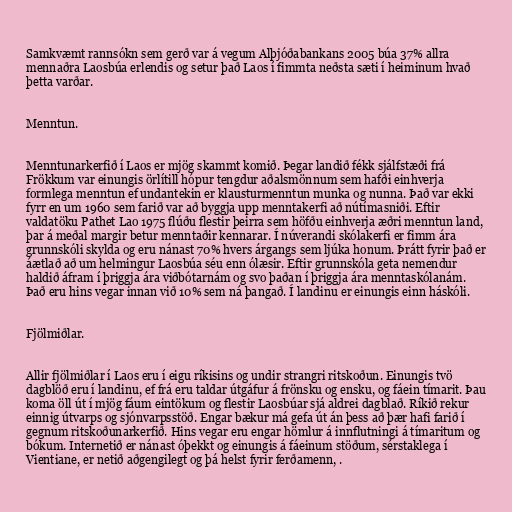
Samkvæmt rannsókn sem gerð var á vegum Alþjóðabankans 2005 búa 37% allra
mennaðra Laosbúa erlendis og setur það Laos í fimmta neðsta sæti í heiminum hvað
þetta varðar.

Menntun.

Menntunarkerfið í Laos er mjög skammt komið. Þegar landið fékk sjálfstæði frá
Frökkum var einungis örlítill hópur tengdur aðalsmönnum sem hafði einhverja
formlega menntun ef undantekin er klausturmenntun munka og nunna. Það var ekki
fyrr en um 1960 sem farið var að byggja upp menntakerfi að nútímasniði. Eftir
valdatöku Pathet Lao 1975 flúðu flestir þeirra sem höfðu einhverja æðri menntun land,
þar á meðal margir betur menntaðir kennarar. Í núverandi skólakerfi er fimm ára
grunnskóli skylda og eru nánast 70% hvers árgangs sem ljúka honum. Þrátt fyrir það er
áætlað að um helmingur Laosbúa séu enn ólæsir. Eftir grunnskóla geta nemendur
haldið áfram í þriggja ára viðbótarnám og svo þaðan í þriggja ára menntaskólanám.
Það eru hins vegar innan við 10% sem ná þangað. Í landinu er einungis einn háskóli.

Fjölmiðlar.

Allir fjölmiðlar í Laos eru í eigu ríkisins og undir strangri ritskoðun. Einungis tvö
dagblöð eru í landinu, ef frá eru taldar útgáfur á frönsku og ensku, og fáein tímarit. Þau
koma öll út í mjög fáum eintökum og flestir Laosbúar sjá aldrei dagblað. Ríkið rekur
einnig útvarps og sjónvarpsstöð. Engar bækur má gefa út án þess að þær hafi farið í
gegnum ritskoðunarkerfið. Hins vegar eru engar hömlur á innflutningi á tímaritum og
bókum. Internetið er nánast óþekkt og einungis á fáeinum stöðum, sérstaklega í
Vientiane, er netið aðgengilegt og þá helst fyrir ferðamenn, .